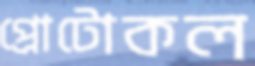
প্রোটোকল